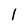
Character: I